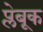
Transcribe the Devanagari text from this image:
प्लेबूक